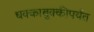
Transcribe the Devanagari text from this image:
धक्काबुक्कीपर्यंत